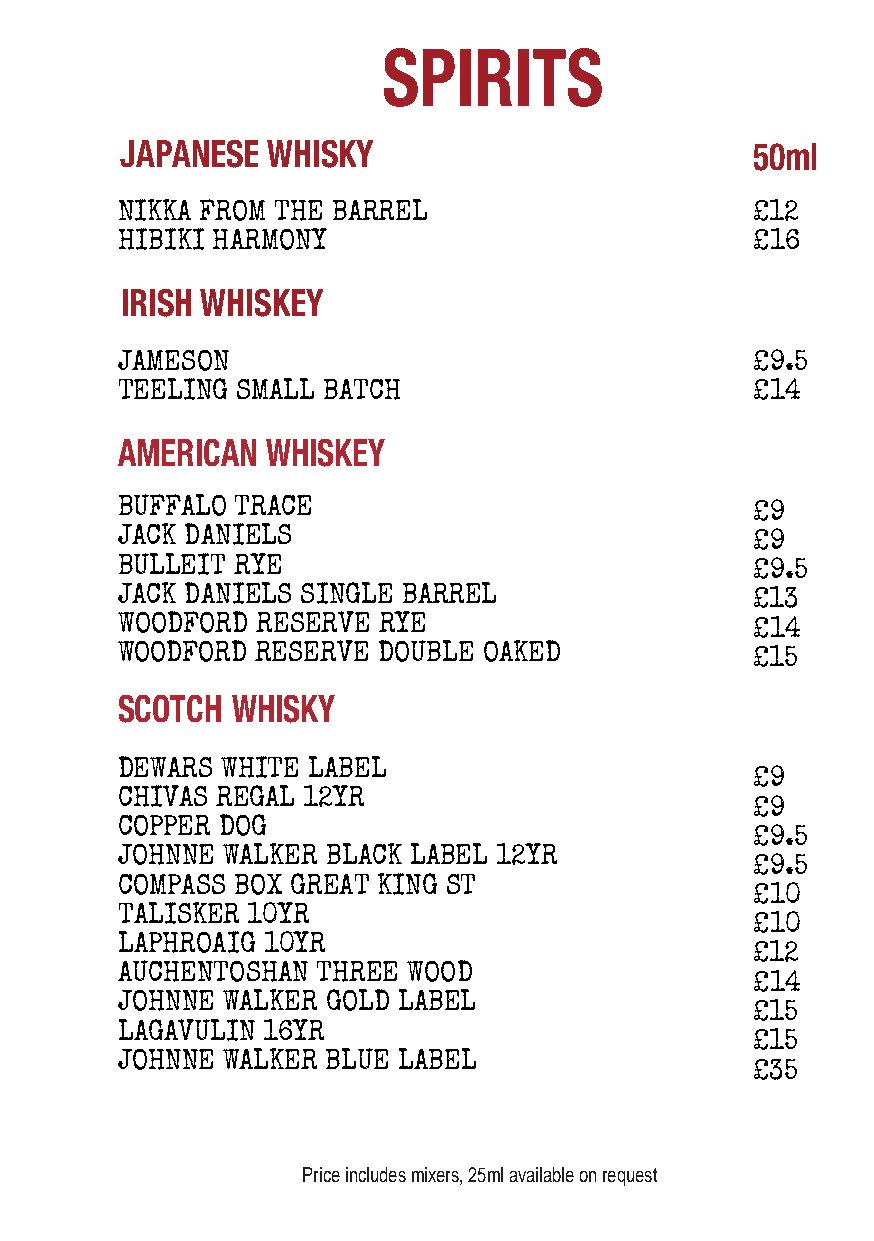
SPIRITS
 JAPANESE  WHISKY                          50ml
 NIKKA FROM THE BARREL                     £12
 HIBIKI HARMONY                            £16
 IRISH WHISKEY
 JAMESON                                   £9.5
 TEELING SMALL BATCH                       £14
 AMERICAN  WHISKEY
 BUFFALO TRACE                             £9
 JACK DANIELS                              £9
 BULLEIT RYE                               £9.5
 JACK DANIELS SINGLE BARREL                £13
 WOODFORD RESERVE RYE                      £14
 WOODFORD RESERVE DOUBLE OAKED             £15
 SCOTCH WHISKY
 DEWARS WHITE LABEL
 £9
 CHIVAS REGAL 12YR
 £9
 COPPER DOG
 £9.5
 JOHNNE WALKER BLACK LABEL 12YR
 £9.5
 COMPASS BOX GREAT KING ST
 £10
 TALISKER 10YR
 £10
 LAPHROAIG 10YR
 £12
 AUCHENTOSHAN THREE WOOD
 £14
 JOHNNE WALKER GOLD LABEL
 £15
 LAGAVULIN 16YR
 £15
 JOHNNE WALKER BLUE LABEL
 £35
 Price includes mixers, 25ml available on request